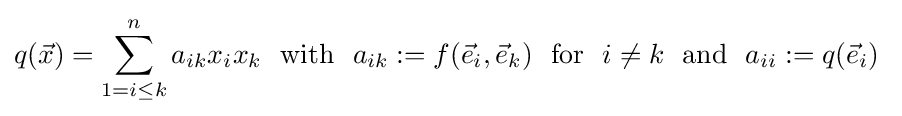
q({\vec {x}})=\sum _{1=i\leq k}^{n}a_{ik}x_{i}x_{k}\ {\text{ with }}\ a_{ik}:=f({\vec {e}}_{i},{\vec {e}}_{k})\ {\text{ for }}\ i\neq k\ {\text{ and }}\ a_{ii}:=q({\vec {e}}_{i})\